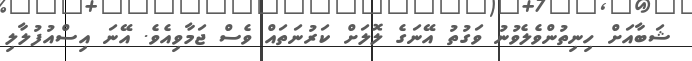
ޝަބާއަށް ހިނިތުންވެލެވުނު ވަގުތު އޭނަގެ ލޮލަށް ކަރުނަތައް ވެސް ޖަމާވިއެވެ. އޭނަ އިސްއުފުލާލި